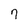
Character: 7